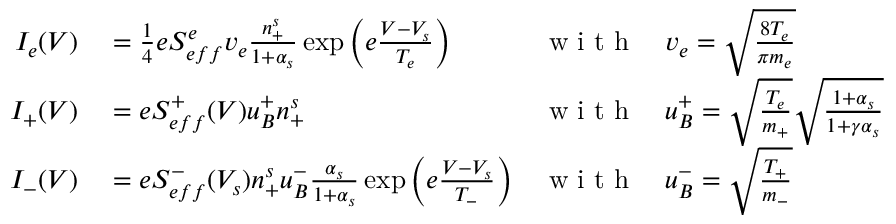
\begin{array} { r l r l } { I _ { e } ( V ) } & { { } = \frac { 1 } { 4 } e S _ { e f f } ^ { e } v _ { e } \frac { n _ { + } ^ { s } } { 1 + \alpha _ { s } } \exp \bigg ( { e \frac { V - V _ { s } } { T _ { e } } } \bigg ) } & { \mathrm { ~ w ~ i ~ t ~ h ~ } } & { { } v _ { e } = \sqrt { \frac { 8 T _ { e } } { \pi m _ { e } } } } \\ { I _ { + } ( V ) } & { { } = e S _ { e f f } ^ { + } ( V ) u _ { B } ^ { + } n _ { + } ^ { s } } & { \mathrm { ~ w ~ i ~ t ~ h ~ } } & { { } u _ { B } ^ { + } = \sqrt { \frac { T _ { e } } { m _ { + } } } \sqrt { \frac { 1 + \alpha _ { s } } { 1 + \gamma \alpha _ { s } } } } \\ { I _ { - } ( V ) } & { { } = e S _ { e f f } ^ { - } ( V _ { s } ) n _ { + } ^ { s } u _ { B } ^ { - } \frac { \alpha _ { s } } { 1 + \alpha _ { s } } \exp \bigg ( { e \frac { V - V _ { s } } { T _ { - } } } \bigg ) } & { \mathrm { ~ w ~ i ~ t ~ h ~ } } & { { } u _ { B } ^ { - } = \sqrt { \frac { T _ { + } } { m _ { - } } } } \end{array}